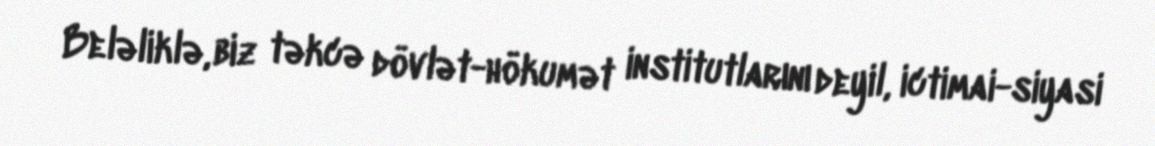
Beləliklə, biz təkcə dövlət-hökumət institutlarını deyil, ictimai-siyasi